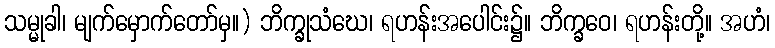
သမ္မုခါ၊ မျက်မှောက်တော်မှ။) ဘိက္ခုသံဃေ၊ ရဟန်းအပေါင်း၌။ ဘိက္ခဝေ၊ ရဟန်းတို့။ အဟံ၊